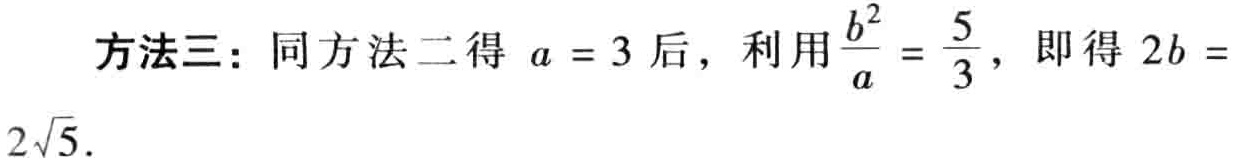
方法三：同方法二得 \(a = 3\) 后，利用\(\frac{b^{2}}{a}=\frac{5}{3}\)，即得 \(2b = 2\sqrt{5}\).